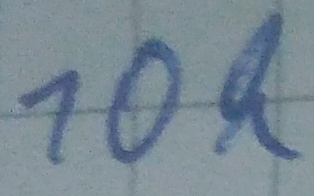
Text: 10k